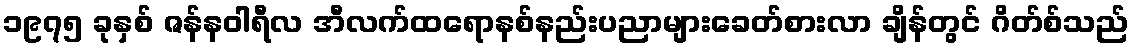
၁၉၇၅ ခုနှစ် ဇန်နဝါရီလ အီလက်ထရောနစ်နည်းပညာများခေတ်စားလာ ချိန်တွင် ဂိတ်စ်သည်